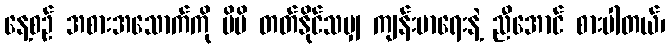
နေ့စဉ် အစားအသောက်ကို မိမိ တတ်နိုင်သမျှ ကျန်းမာရေးနဲ့ ညီအောင် စားပါတယ်၊